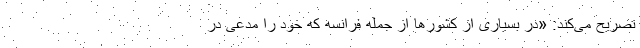
تصریح می‌کند: «در بسیاری از کشورها از جمله فرانسه که خود را مدعی در